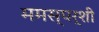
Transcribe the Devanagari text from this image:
ममस्पर्शी